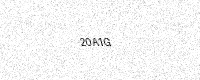
Text: 20A1G